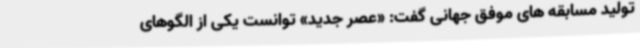
تولید مسابقه های موفق جهانی گفت: «عصر جدید» توانست یکی از الگوهای